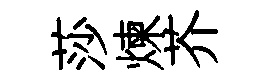
莎煉芥